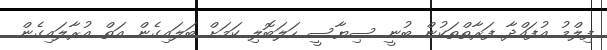
ފިލްމު އުފައްދާ ފަރާތްތަކުން ބުނީ ސިޔާސީ ހަލަބޮލި ކަމަށް ބަލައިގެން އަތް އުރާލައިގެން